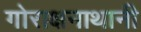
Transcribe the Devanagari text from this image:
गोराक्षनाथानी